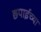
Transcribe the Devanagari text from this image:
छ्पाईच्या